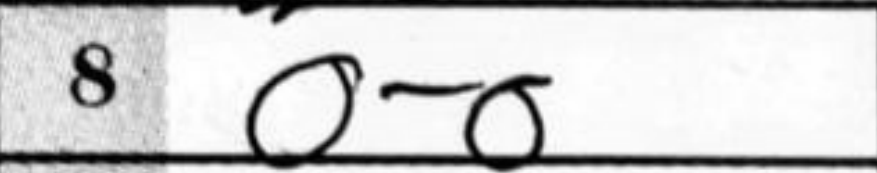
Transcription: O-O